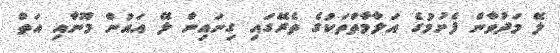
ލޭ މަދުވާން ފެށުމުގެ އަލާމާތްތަކުގެ ތެރޭގައި ގިނައިން ލޭ އައުން މޫނާއި އަތް